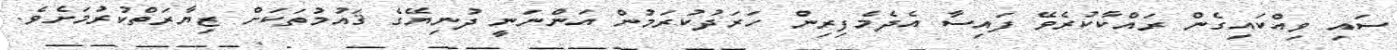
ސައި ވިއްކައިގެން ރައްކާކުރެވޭ ފައިސާ އެދެމެފިރިން ހަރަދުކުރަމުން އަންނަނީ ދުނިޔޭގެ ޤައުމުތަކަށް ޒިޔާރަތްކުރުމަށެވެ.